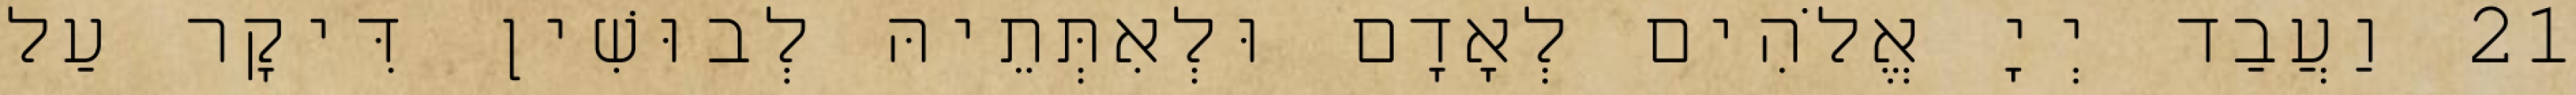
21 וַעֲבַד יְיָ אֱלֹהִים לְאָדָם וּלְאִתְּתֵיהּ לְבוּשִׁין דִּיקָר עַל